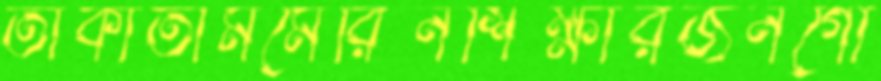
তাকাতামমেরিনশিক্ষারজনগো